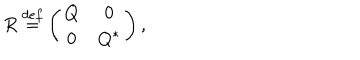
R \stackrel { d e f } { = } \left( \begin{array} { c c c c r } { { Q } } & { { 0 } } \\ { { 0 } } & { { Q ^ { * } } } \\ \end{array} \right) ,